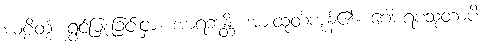
ဃဠိတုံ၊ ရွှင်မြူးခြင်းငှာ။ အာရဘန္တိ၊ အားထုတ်ကုန်၏။ ဂေါစရပသုတာပိ၊